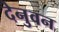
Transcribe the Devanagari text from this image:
देनुवन